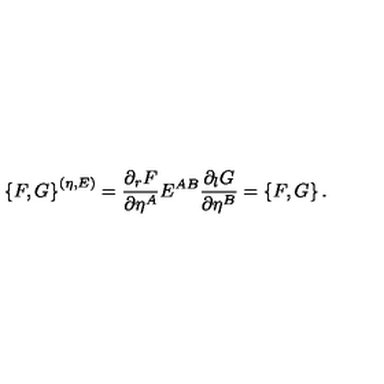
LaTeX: \left\{ F , G \right\} ^ { ( \eta , E ) } = \frac { \partial _ { r } F } { \partial \eta ^ { A } } E ^ { A B } \frac { \partial _ { l } G } { \partial \eta ^ { B } } = \left\{ F , G \right\} .